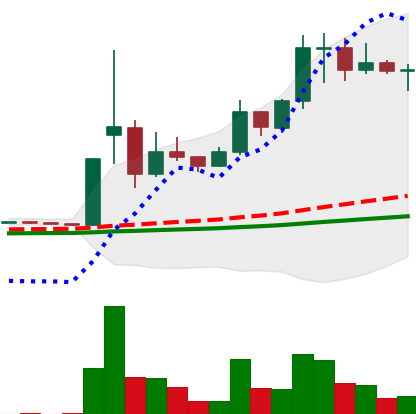
Ticker: DOGE-USD
Chart end date: 2021-02-12
Forward return: -29.532%
Label: down_7plus